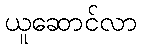
ယူဆောင်လာ